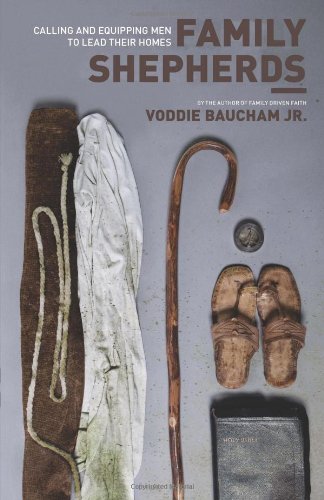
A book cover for Family Shepherds: Calling and Equipping Men to Lead Their Homes; Voddie Baucham Jr.; Christian Books & Bibles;